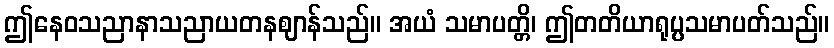
ဤနေဝသညာနာသညာယတနဈာန်သည်။ အယံ သမာပတ္တိ၊ ဤတတိယာရုပ္ပသမာပတ်သည်။